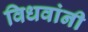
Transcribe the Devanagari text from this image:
विधवांनी